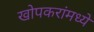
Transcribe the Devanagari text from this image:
खोपकरांमध्ये